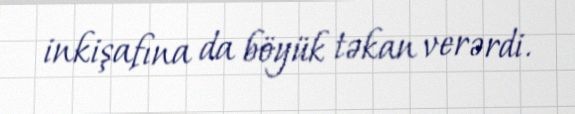
inkişafına da böyük təkan verərdi.